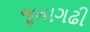
જૂનાગઢી